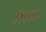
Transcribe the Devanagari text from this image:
८४०००